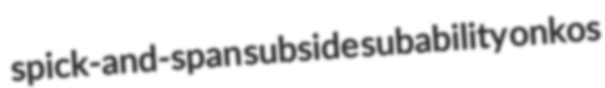
spick-and-span subside subability onkos